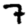
Digit: 7